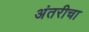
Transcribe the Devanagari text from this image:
अंतरीचा